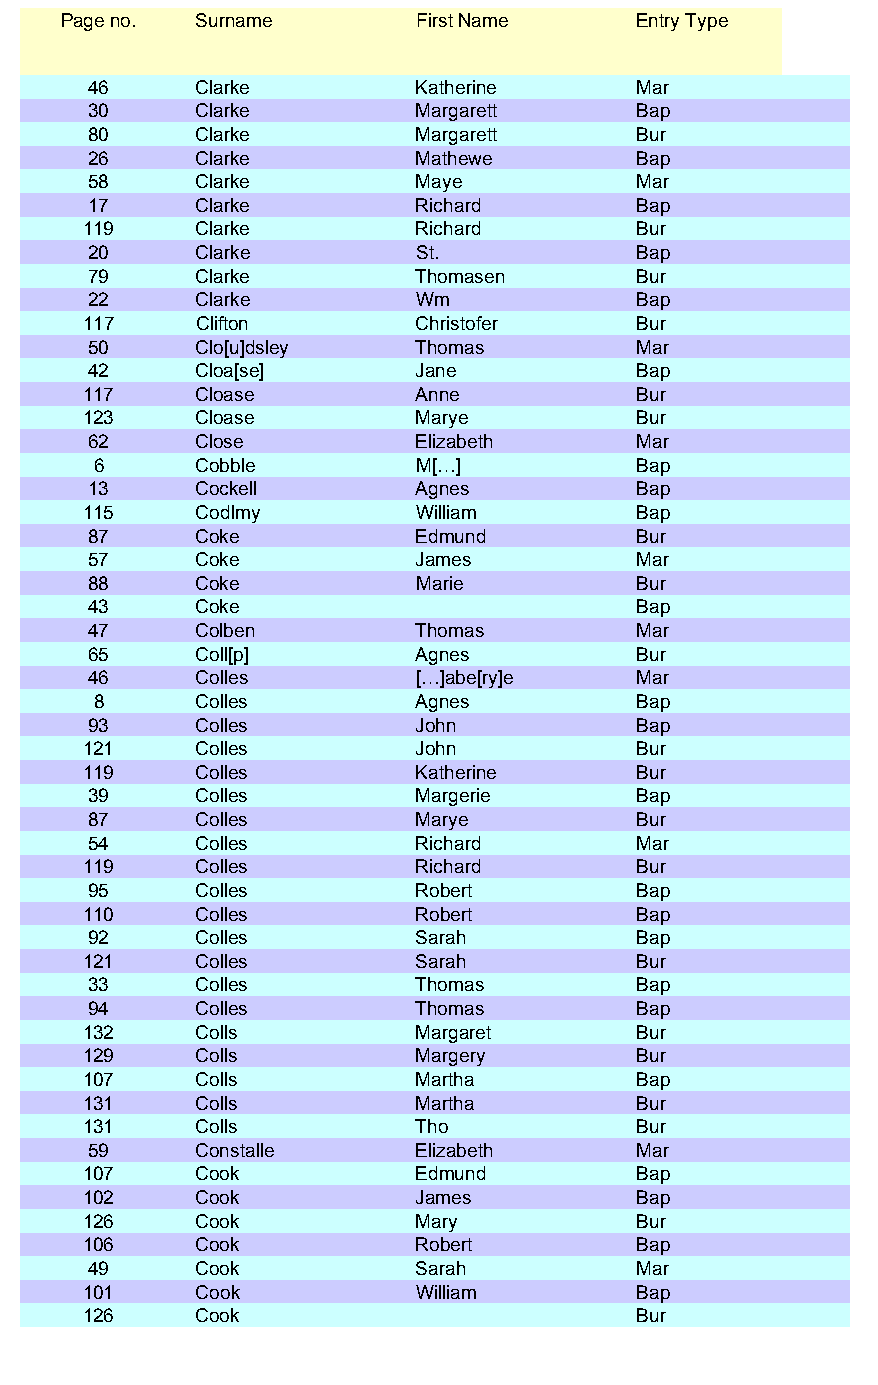
Page no. Surname        First Name    Entry Type
 46     Clarke         Katherine     Mar
 30     Clarke         Margarett     Bap
 80     Clarke         Margarett     Bur
 26     Clarke         Mathewe       Bap
 58     Clarke         Maye          Mar
 17     Clarke         Richard       Bap
 119    Clarke         Richard       Bur
 20     Clarke         St.           Bap
 79     Clarke         Thomasen      Bur
 22     Clarke         Wm            Bap
 117    Clifton        Christofer    Bur
 50     Clo[u]dsley    Thomas        Mar
 42     Cloa[se]       Jane          Bap
 117    Cloase         Anne          Bur
 123    Cloase         Marye         Bur
 62     Close          Elizabeth     Mar
 6     Cobble         M[…]          Bap
 13     Cockell        Agnes         Bap
 115    Codlmy         William       Bap
 87     Coke           Edmund        Bur
 57     Coke           James         Mar
 88     Coke           Marie         Bur
 43     Coke                         Bap
 47     Colben         Thomas        Mar
 65     Coll[p]        Agnes         Bur
 46     Colles         […]abe[ry]e   Mar
 8     Colles         Agnes         Bap
 93     Colles         John          Bap
 121    Colles         John          Bur
 119    Colles         Katherine     Bur
 39     Colles         Margerie      Bap
 87     Colles         Marye         Bur
 54     Colles         Richard       Mar
 119    Colles         Richard       Bur
 95     Colles         Robert        Bap
 110    Colles         Robert        Bap
 92     Colles         Sarah         Bap
 121    Colles         Sarah         Bur
 33     Colles         Thomas        Bap
 94     Colles         Thomas        Bap
 132    Colls          Margaret      Bur
 129    Colls          Margery       Bur
 107    Colls          Martha        Bap
 131    Colls          Martha        Bur
 131    Colls          Tho           Bur
 59     Constalle      Elizabeth     Mar
 107    Cook           Edmund        Bap
 102    Cook           James         Bap
 126    Cook           Mary          Bur
 106    Cook           Robert        Bap
 49     Cook           Sarah         Mar
 101    Cook           William       Bap
 126    Cook                         Bur